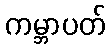
ကမ္ဘာပတ်